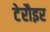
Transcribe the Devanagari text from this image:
टेरौइर